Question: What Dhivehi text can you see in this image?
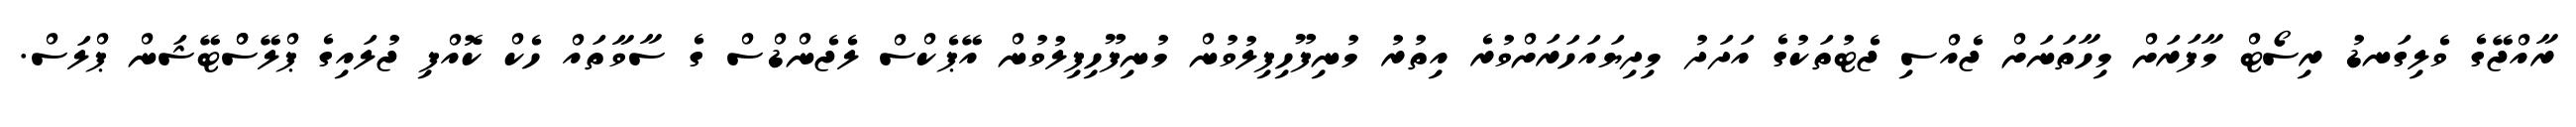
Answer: ރާއްޖޭގެ ވެލިގަނޑު ރިސޯޓް މާފަރަށް މިހާތަނަށް ޖެއްސި ޖެޓުތަކުގެ އަދަދު މިދިޔައަހަރަށްވުރެ އިތުރު މުނިފޫހިފިލުވުން މުނިފޫހިފިލުވުން އޭޕެކްސް ލެޖެންޑްސް ގެ ސާވާތައް ހެކް ކޮއްފި ޖުލައިގެ ޕްލޭސްްޓޭޝަން ޕްލަސް.